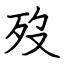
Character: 歿